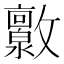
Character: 𫿧